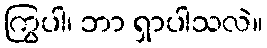
ကြွပါ၊ ဘာ ရှာပါသလဲ။